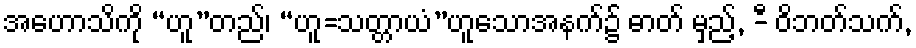
အဟောသိကို “ဟူ”တည်၊ “ဟူ=သတ္တာယံ”ဟူသောအနက်၌ ဓာတ် မှည့်, -ီ ဝိဘတ်သက်,